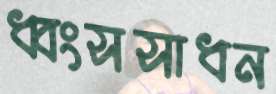
ধ্বংসসাধন